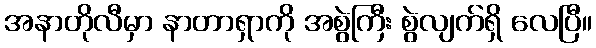
အနာတိုလီမှာ နာတာရှာကို အစွဲကြီး စွဲလျက်ရှိ လေပြီ။